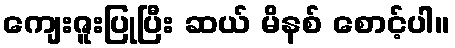
ကျေးဇူးပြုပြီး ဆယ် မိနစ် စောင့်ပါ။